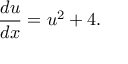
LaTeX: { \frac { d u } { d x } } = u ^ { 2 } + 4 .